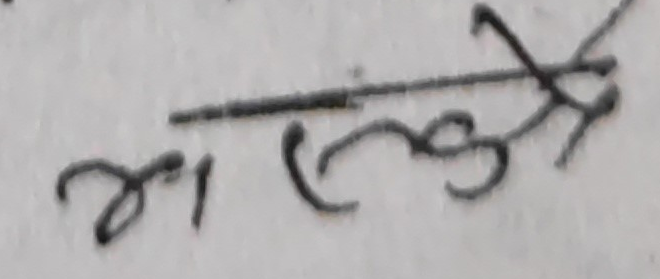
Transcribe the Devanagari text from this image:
असेँझैँ